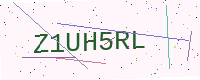
Text: Z1UH5RL